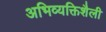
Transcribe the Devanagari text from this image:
अभिव्यक्तिशैली